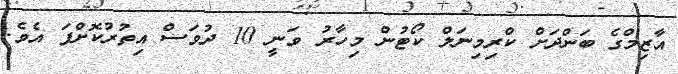
އާޒިމްގެ ބަންދަށް ކްރިމިނަލް ކޯޓުން މިހާރު ވަނީ 10 ދުވަސް އިތުރުކޮށްފަ އެވެ.